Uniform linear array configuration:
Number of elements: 16
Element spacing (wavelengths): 0.75
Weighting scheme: uniform
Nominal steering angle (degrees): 60
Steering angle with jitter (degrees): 58.064
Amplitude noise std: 0.05
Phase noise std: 0.05

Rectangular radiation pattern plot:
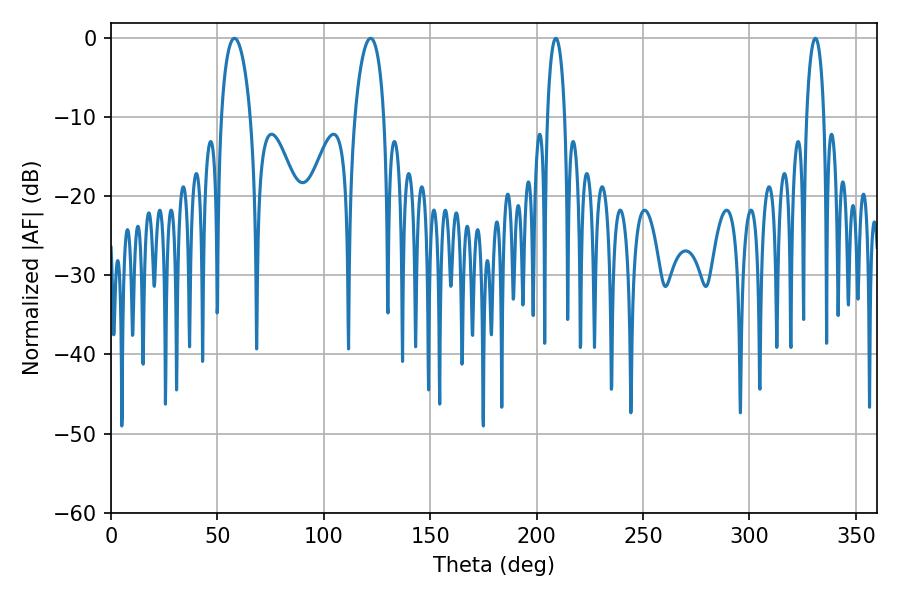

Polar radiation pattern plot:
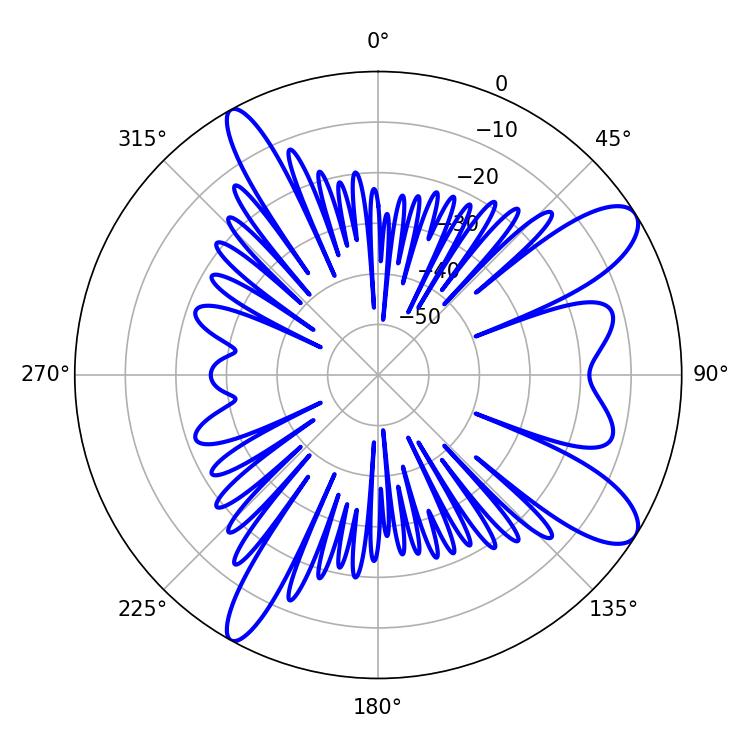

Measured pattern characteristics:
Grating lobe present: TRUE
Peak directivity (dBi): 10.456
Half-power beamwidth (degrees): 7.74
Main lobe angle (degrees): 57.96